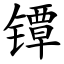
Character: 镡